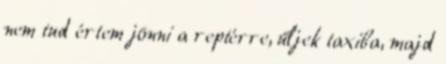
nem tud értem jönni a reptérre, űljek taxiba, majd